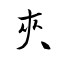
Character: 夾